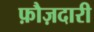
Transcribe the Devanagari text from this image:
फ़ौज़दारी